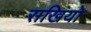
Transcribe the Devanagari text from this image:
सखियो